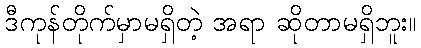
ဒီကုန်တိုက်မှာမရှိတဲ့ အရာ ဆိုတာမရှိဘူး။